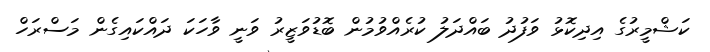
ކަޝްމީރުގެ އިދިކޮޅު ވަފުދު ބައްދަލު ކުރެއްވުމުން ބޮޑުވަޒީރު ވަނީ ވާހަކަ ދައްކައިގެން މަސްރަހް